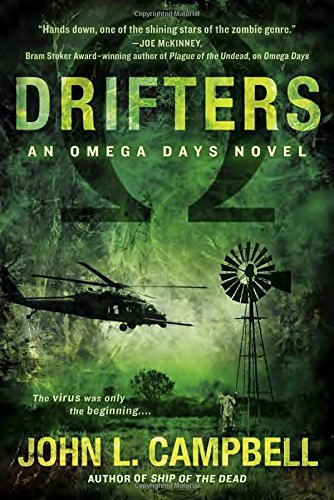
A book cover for Drifters (An Omega Days Novel); John L. Campbell; Science Fiction & Fantasy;